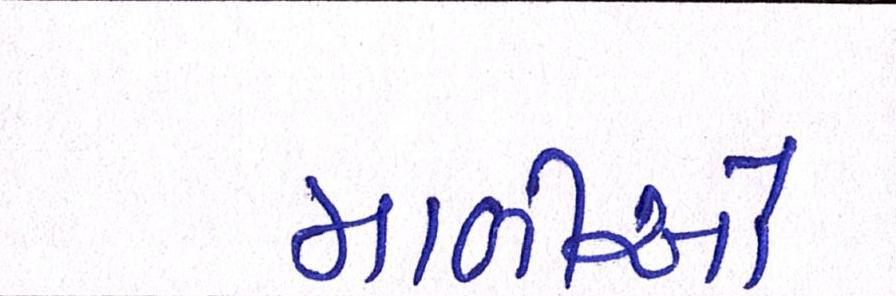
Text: માળીઓ